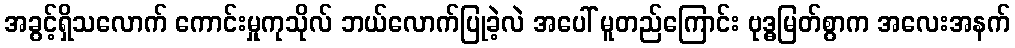
အခွင့်ရှိသလောက် ကောင်းမှုကုသိုလ် ဘယ်လောက်ပြုခဲ့လဲ အပေါ် မူတည်ကြောင်း ဗုဒ္ဓမြတ်စွာက အလေးအနက်